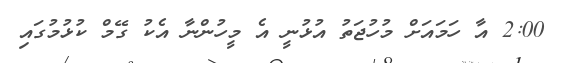
2:00 އާ ހަމައަށް މުހުޖަތު އުޅުނީ އެ މީހުންނާ އެކު ގޭމް ކުޅުމުގައި